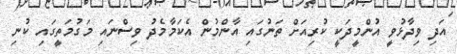
އަދި ވިދާޅުވީ އުންމީދަކީ ކުރިއަށް ތަނުގައި އާންމުން އެކަމާމެދު ވިސްނައި މަގުމަތީގައި ކުނި